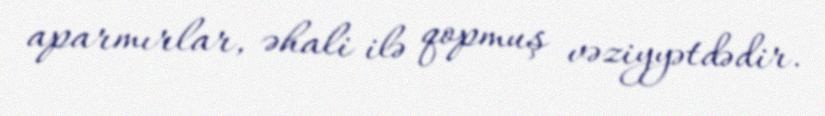
aparmırlar, əhali ilə qopmuş vəziyyətdədir.